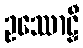
ဥဿောဠှီ